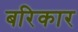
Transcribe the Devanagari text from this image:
बरिकार